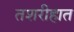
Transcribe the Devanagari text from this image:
तशरीहात